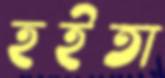
হইতা